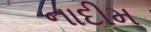
નાદીમ